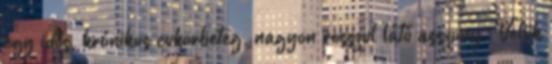
egy idős, krónikus cukorbeteg, nagyon rosszul látó asszony. Velük